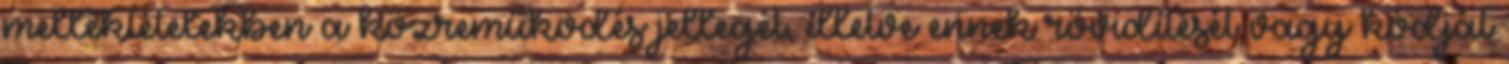
melléktételekben a közreműködés jellegét, illetve ennek rövidítését vagy kódját